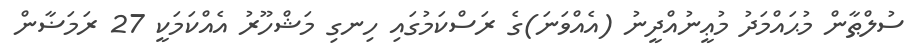
ސުލްޠާން މުޙައްމަދު މުޢީނުއްދީނު (އެއްވަނަ)ގެ ރަސްކަމުގައި ހިނގި މަޝްހޫރު އެއްކަމަކީ 27 ރަމަޟާން